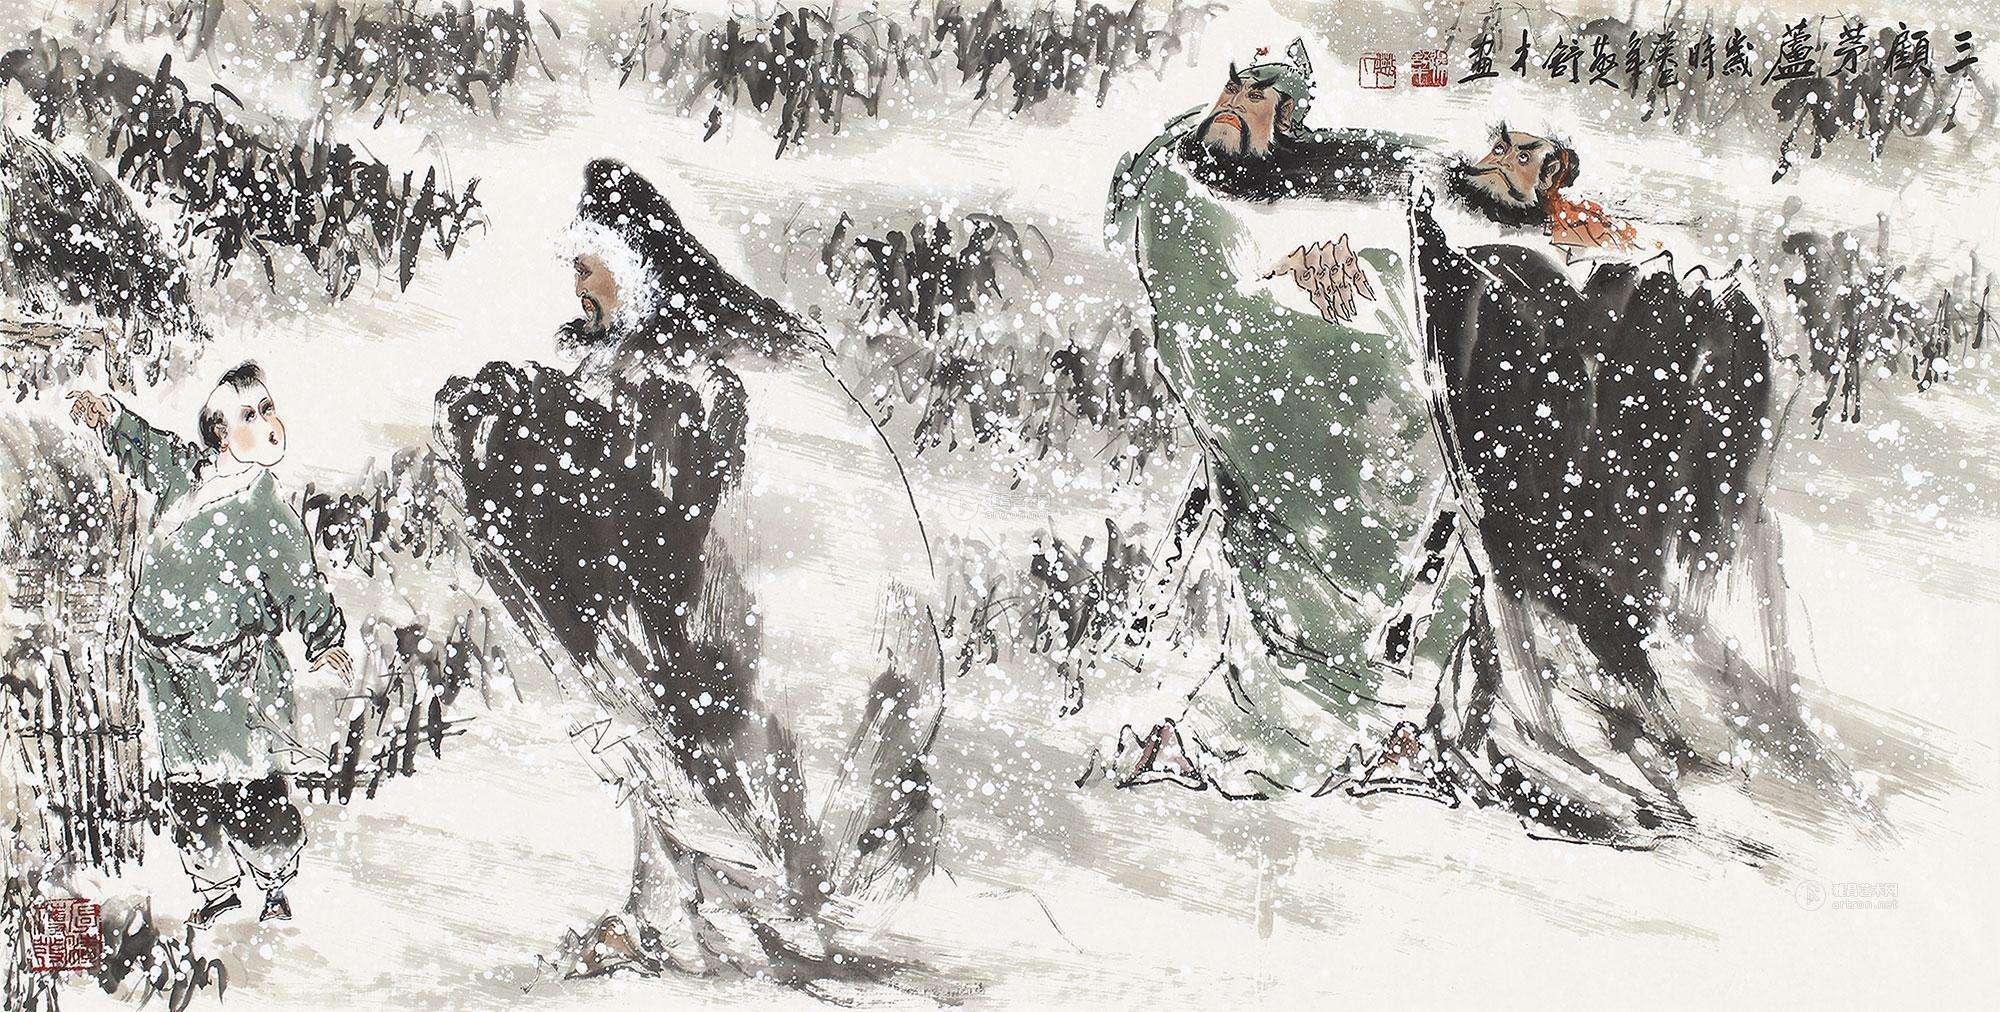
三顾频烦天下计，两朝开济老臣心。